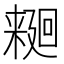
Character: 𱤑